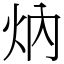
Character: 㶧